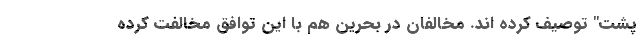
پشت" توصیف کرده اند. مخالفان در بحرین هم با این توافق مخالفت کرده